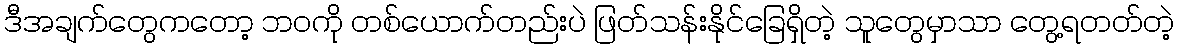
ဒီအချက်တွေကတော့ ဘဝကို တစ်ယောက်တည်းပဲ ဖြတ်သန်းနိုင်ခြေရှိတဲ့ သူတွေမှာသာ တွေ့ရတတ်တဲ့